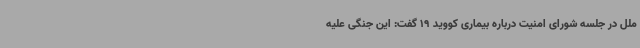
ملل در جلسه شورای امنیت درباره بیماری کووید 19 گفت: این جنگی علیه